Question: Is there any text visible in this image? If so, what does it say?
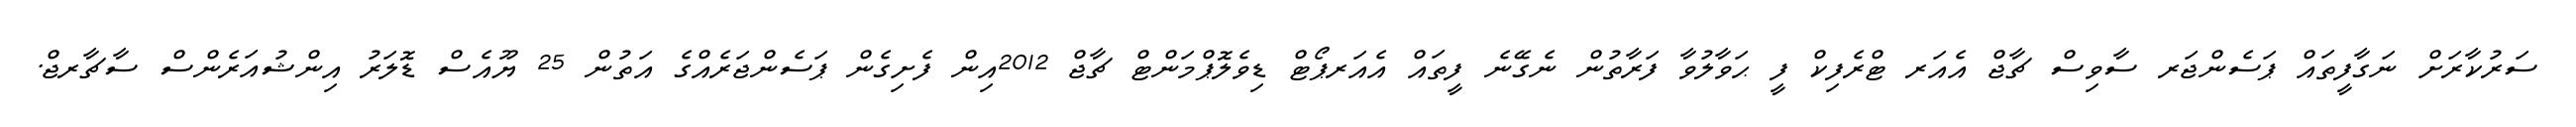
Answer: ސަރުކާރަށް ނަގާފީތައް ޕަސެންޖަރ ސާވިސް ޗާޖް އެއަރ ޓްރެފިކް ފީ ޙަވާލުވާ ފަރާތުން ނެގޭނެ ފީތައް އެއަރޕޯޓް ޑިވެލޮޕްމަންޓް ޗާޖް 2012އިން ފެށިގެން ޕަސެންޖަރެއްގެ އަތުން 25 ޔޫއެސް ޑޮލަރު އިންޝުއަރެންސް ސާޗާރޖް.